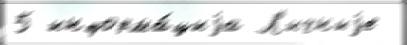
5 информа́циjа Л'ичныjе